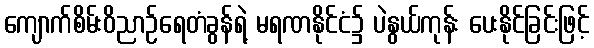
ကျောက်စိမ်းဝိညာဉ်ရေတံခွန်ရဲ့ မရဏနိုင်ငံ၌ ပဲနွယ်ကုန်း ပေးနိုင်ခြင်းဖြင့်